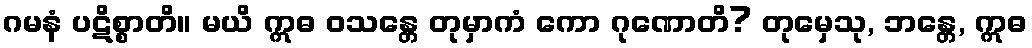
ဂမနံ ပဋိစ္စာတိ။ မယိ ဣဓ ဝသန္တေ တုမှာကံ ကော ဂုဏောတိ? တုမှေသု, ဘန္တေ, ဣဓ